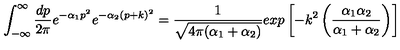
\int _ { - \infty } ^ { \infty } { \frac { d p } { 2 \pi } } e ^ { - \alpha _ { 1 } p ^ { 2 } } e ^ { - \alpha _ { 2 } ( p + k ) ^ { 2 } } = { \frac { 1 } { \sqrt { 4 \pi ( \alpha _ { 1 } + \alpha _ { 2 } ) } } } e x p \left[ - k ^ { 2 } \left( { \frac { \alpha _ { 1 } \alpha _ { 2 } } { \alpha _ { 1 } + \alpha _ { 2 } } } \right) \right]